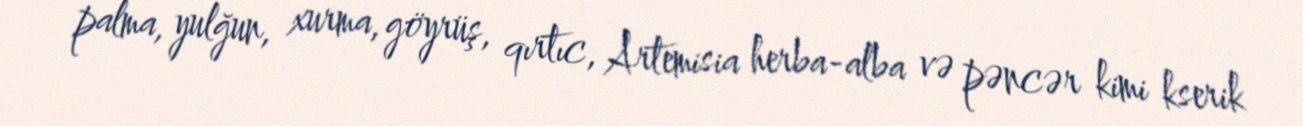
palma, yulğun, xurma, göyrüş, qırtıc, Artemisia herba-alba və pəncər kimi kserik